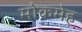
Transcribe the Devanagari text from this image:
मोकमेह